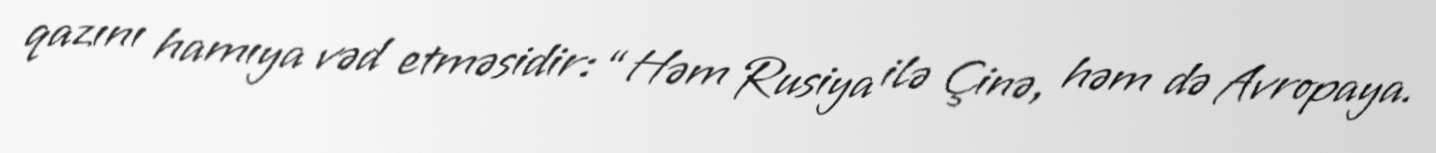
qazını hamıya vəd etməsidir: “Həm Rusiya ilə Çinə, həm də Avropaya.